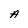
Character: A